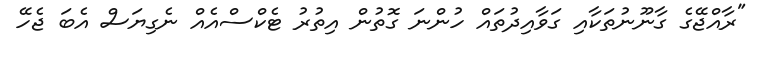
"ރާއްޖޭގެ ގާނޫނުތަކާއި ގަވާއިދުތައް ހުންނަ ގޮތުން އިތުރު ޓެކްސްއެއް ނެގިޔަސް އެބަ ޖެހޭ